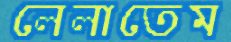
লেলাতেম